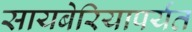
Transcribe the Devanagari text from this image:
सायबेरियापर्यंत